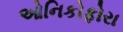
ઓનિકોફોરા